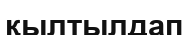
қылтылдап